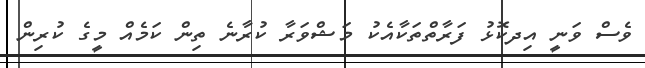
ވެސް ވަނީ އިދކޮޅު ފަރާތްތަކާއެކު މަޝްވަރާ ކުރާނެ ތިން ކަމެއް މީގެ ކުރިން